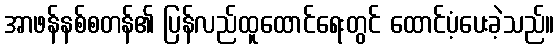
အာဖန်နစ်စတန်၏ ပြန်လည်ထူထောင်ရေးတွင် ထောင်ပံ့ပေးခဲ့သည်။